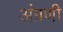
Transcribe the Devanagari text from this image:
अंग्रणी